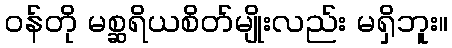
ဝန်တို မစ္ဆရိယစိတ်မျိုးလည်း မရှိဘူး။